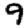
Digit: 9